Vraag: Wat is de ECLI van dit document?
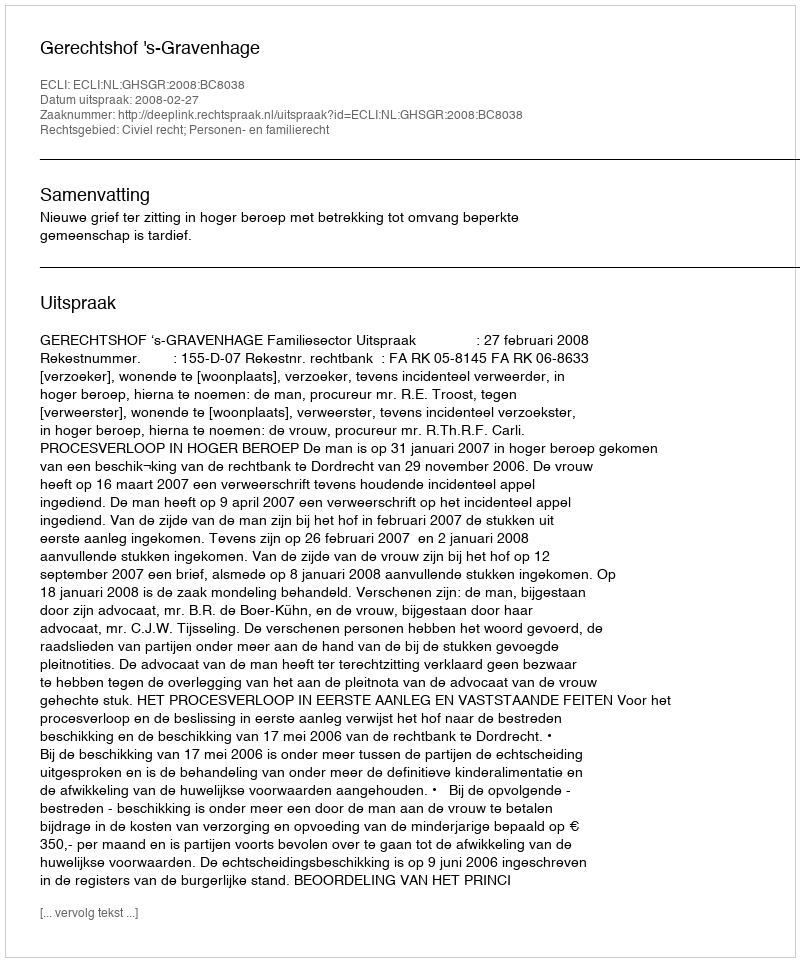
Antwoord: ECLI:NL:GHSGR:2008:BC8038